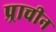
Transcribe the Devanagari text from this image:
प्र्राचीन